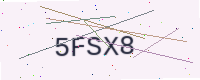
Text: 5FSX8